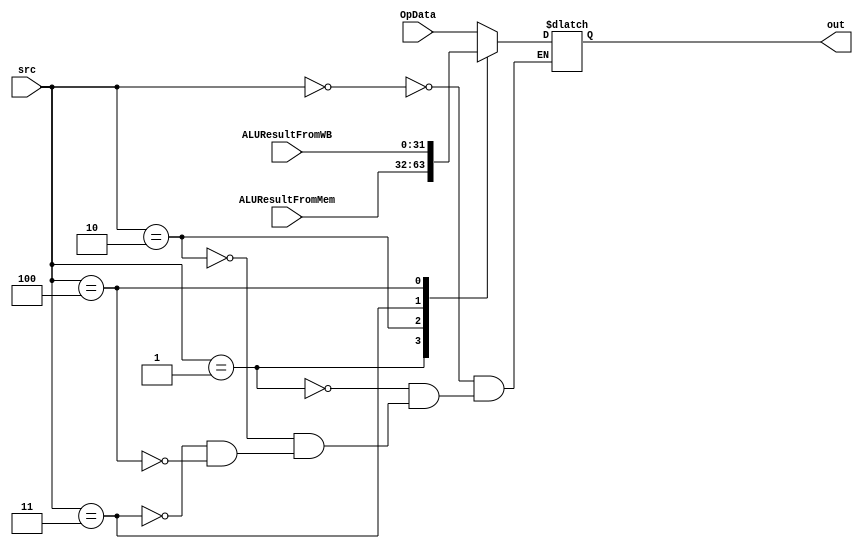
//////////////////////////////////////////////////////////////////////////////////
// Company: 
// Engineer: 
// 
// Design Name: 
// Module Name: mux5to1
// Project Name: 
// Target Devices: 
// Tool Versions: 
// Description: 
// 
// Dependencies: 
// 
// Revision:
// Revision 0.01 - File Created
// Additional Comments:
// 
//////////////////////////////////////////////////////////////////////////////////


module mux5to1(
    input [15:0] OpData,
    input [31:0] ALUResultFromMem,
    input [31:0] ALUResultFromWB,
    input [2:0] src,
    output reg [15:0] out
    );
    
    
   always @ (*)
    begin
    case (src)
        3'b000 : out = OpData;
        3'b001 : out = ALUResultFromMem[31:16];
        3'b010 : out = ALUResultFromMem[15:0];
        3'b011 : out = ALUResultFromWB[31:16];
        3'b100 : out = ALUResultFromWB[15:0];        
    endcase
    
    end 
    
    
endmodule